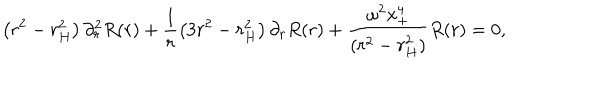
LaTeX: \left( r ^ { 2 } - r _ { H } ^ { 2 } \right) \partial _ { r } ^ { 2 } R ( r ) + \frac { 1 } { r } \left( 3 r ^ { 2 } - r _ { H } ^ { 2 } \right) \partial _ { r } R ( r ) + \frac { \omega ^ { 2 } x _ { + } ^ { 4 } } { ( r ^ { 2 } - r _ { H } ^ { 2 } ) } R ( r ) = 0 ,